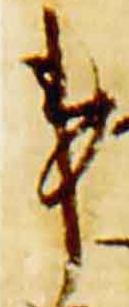
事